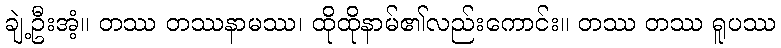
ချဲ့ဦးအံ့။ တဿ တဿနာမဿ၊ ထိုထိုနာမ်၏လည်းကောင်း။ တဿ တဿ ရူပဿ